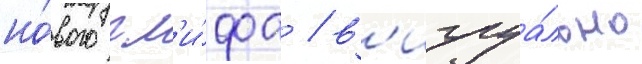
но́вого гл'и́фа / в'изуа́льно